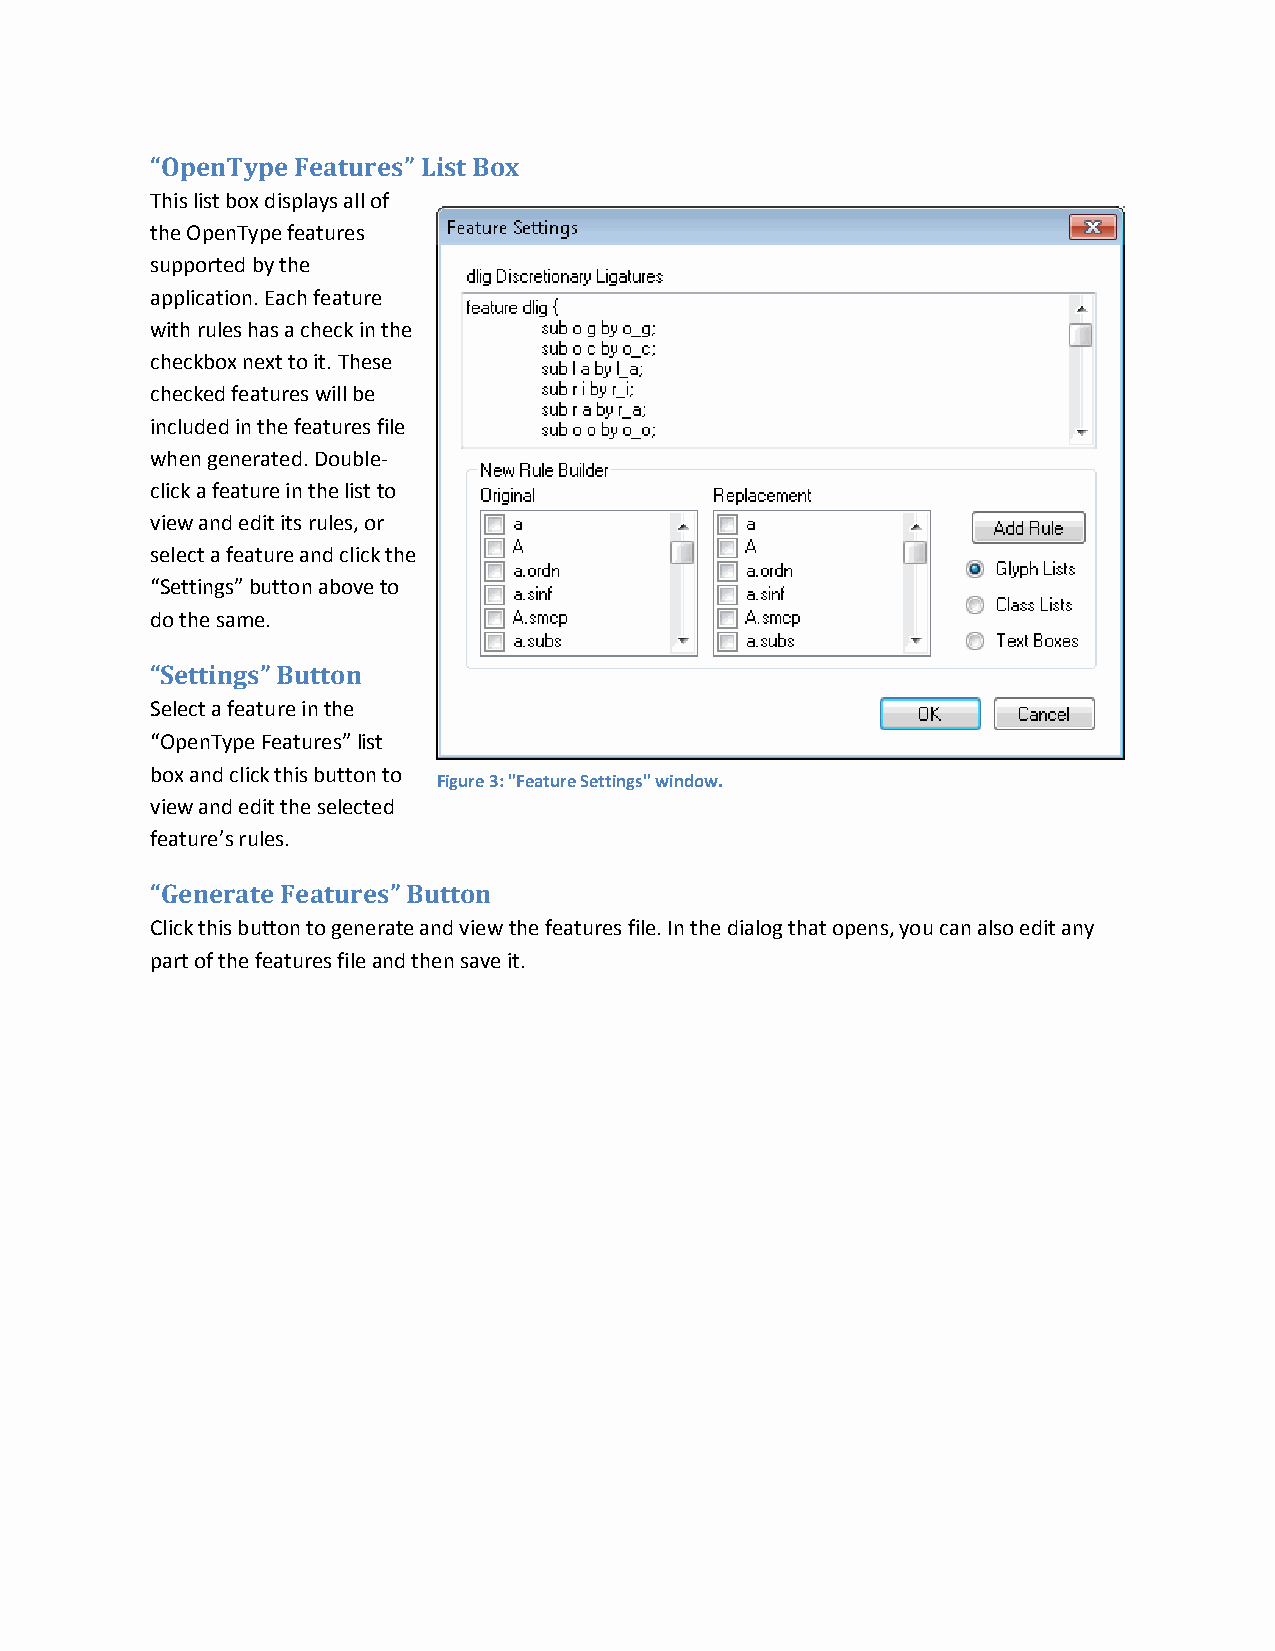
“OpenType Features” List Box
 This list box displays all of
 the OpenType features
 supported by the
 application. Each feature
 with rules has a check in the
 checkbox next to it. These
 checked features will be
 included in the features file
 when generated. Double-
 click a feature in the list to
 view and edit its rules, or
 select a feature and click the
 “Settings” button above to
 do the same.
 “Settings” Button
 Select a feature in the
 “OpenType Features” list
 box and click this button to
 Figure 3: "Feature Settings" window.
 view and edit the selected
 feature’s rules.
 “Generate Features” Button
 Click this button to generate and view the features file. In the dialog that opens, you can also edit any
 part of the features file and then save it.